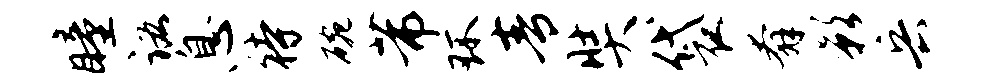
瞳诺息待碗芾环青奘袋奔影兵